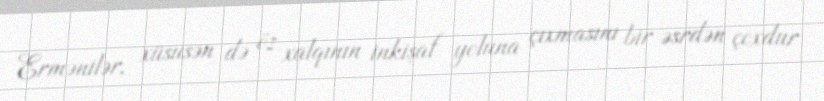
Ermənilər, xüsusən də öz xalqının inkişaf yoluna çıxmasını bir əsrdən çoxdur